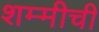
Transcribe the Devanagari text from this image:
शम्मीची